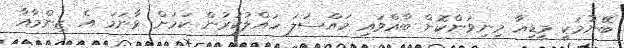
ބޭނުމަކީ މީޑިއާ މިނިވަންކޮށް ބާއްވައި މައްސަލަ ހައްލުކުރުން ކަމަށް ވާނަމަ އެ ޒިންމާއާ